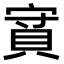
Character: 𧵿